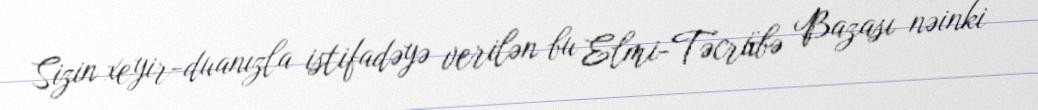
Sizin xeyir-duanızla istifadəyə verilən bu Elmi-Təcrübə Bazası nəinki